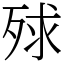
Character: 殏